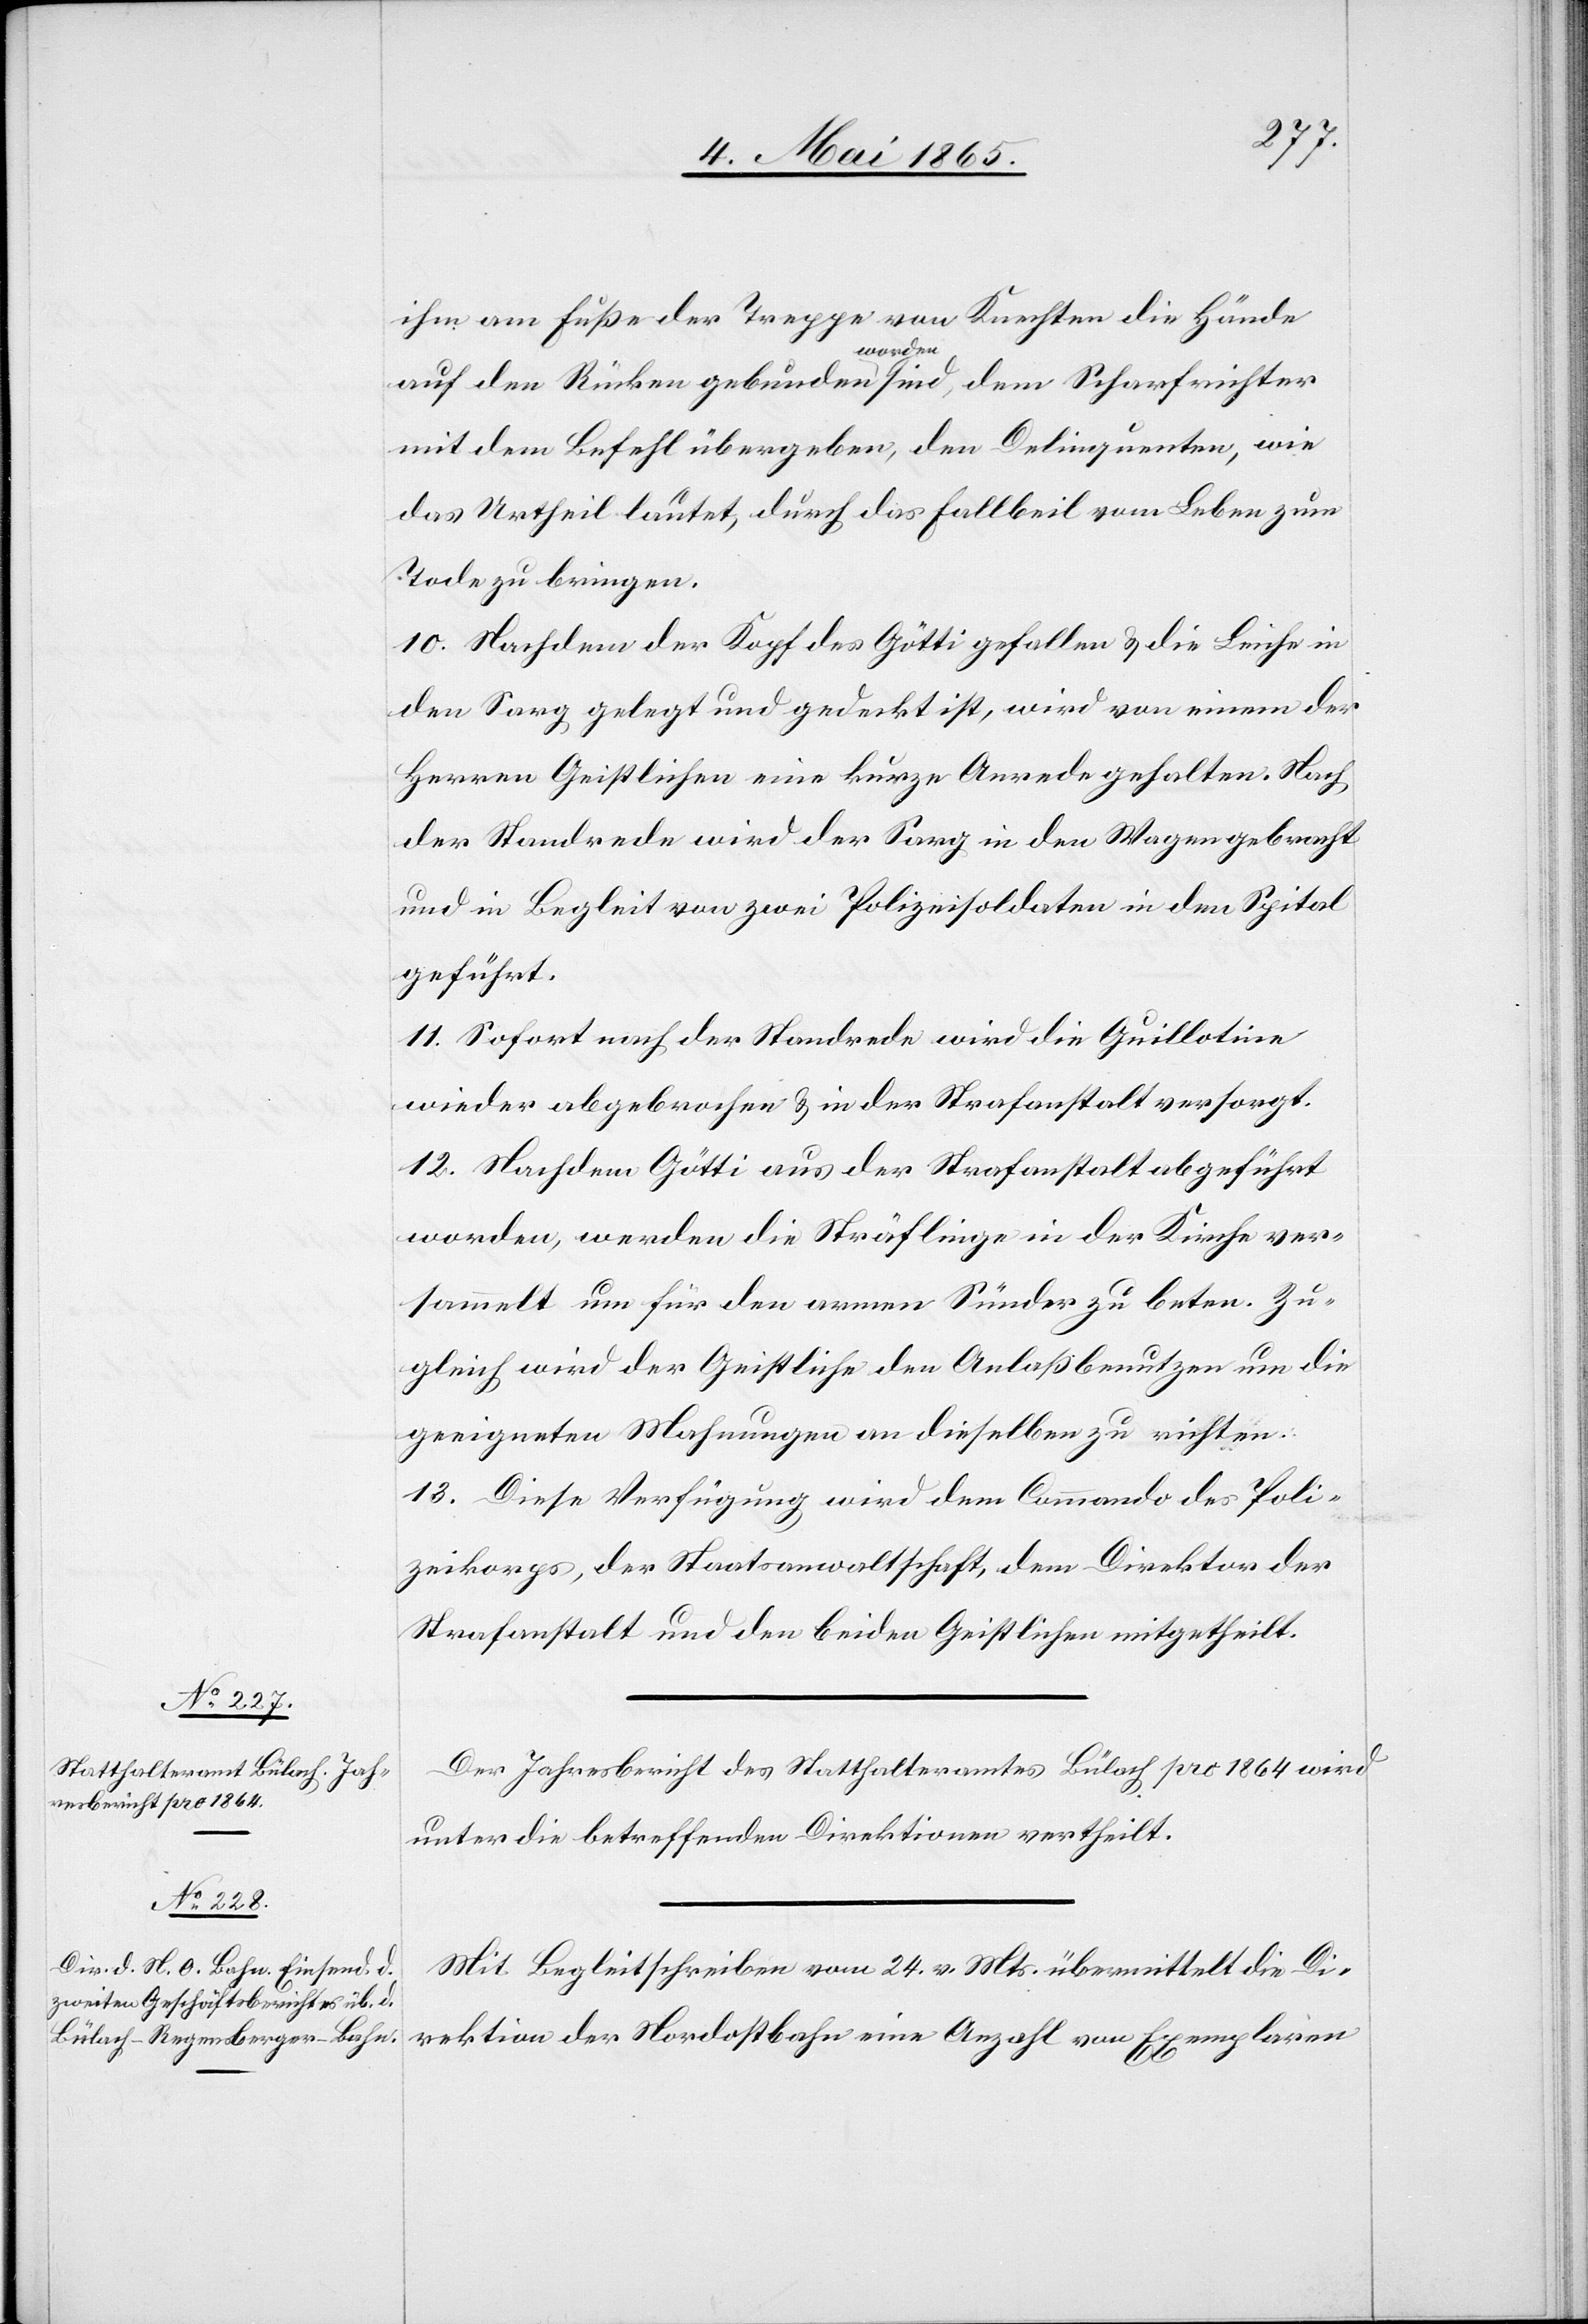
ihm am Fuße der Treppe von Knechten die Hände
auf den Rücken gebunden worden sind, dem Scharfrichter
mit dem Befehl übergeben, den Delinquenten, wie
das Urtheil lautet, durch das Fallbeil vom Leben zum
Tode zu bringen.
10. Nachdem der Kopf des Götti gefallen & die Leiche in
den Sarg gelegt und gedeckt ist, wird von einem der
Herren Geistlichen eine kurze Anrede gehalten. Nach
der Standrede wird der Sarg in den Wagen gebracht
und in Begleit von zwei Polizeisoldaten in den Spital
geführt.
11. Sofort nach der Standrede wird die Guillotine
wieder abgebrochen & in der Strafanstalt versorgt.
12. Nachdem Götti aus der Strafanstalt abgeführt
worden, werden die Sträflinge in der Kirche ver¬
sammelt um für den armen Sünder zu beten. Zu¬
gleich wird der Geistliche den Anlaß benutzen um die
geeigneten Mahnungen an dieselben zu richten.
13. Diese Verfügung wird dem Commando des Poli¬
zeikorps, der Staatsanwaltschaft, dem Direktor der
Strafanstalt und den beiden Geistlichen mitgetheilt.
Der Jahresbericht des Statthalteramtes Bülach pro 1864 wird
unter die betreffenden Direktion vertheilt.
Mit Begleitschreiben vom 24. v. Mts. übermittelt die Di¬
rektion der Nordostbahn eine Anzahl von Exemplaren